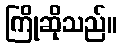
ကြိုဆိုသည်။